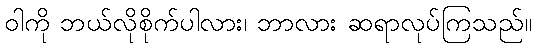
ဝါကို ဘယ်လိုစိုက်ပါလား၊ ဘာလား ဆရာလုပ်ကြသည်။